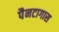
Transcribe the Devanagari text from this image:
पैनटागास